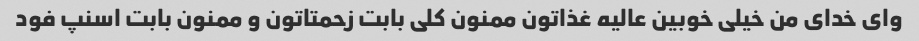
وای خدای من خیلی خوبین عالیه غذاتون ممنون کلی بابت زحمتاتون و ممنون بابت اسنپ فود